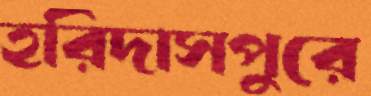
হরিদাসপুরে